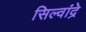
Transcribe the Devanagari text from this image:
सिल्वांद्रे